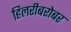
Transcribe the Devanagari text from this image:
हिलरीबरोबर